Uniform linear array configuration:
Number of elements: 24
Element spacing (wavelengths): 0.75
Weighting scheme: hamming
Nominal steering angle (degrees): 60
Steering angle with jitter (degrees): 60.397
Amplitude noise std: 0.05
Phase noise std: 0.05

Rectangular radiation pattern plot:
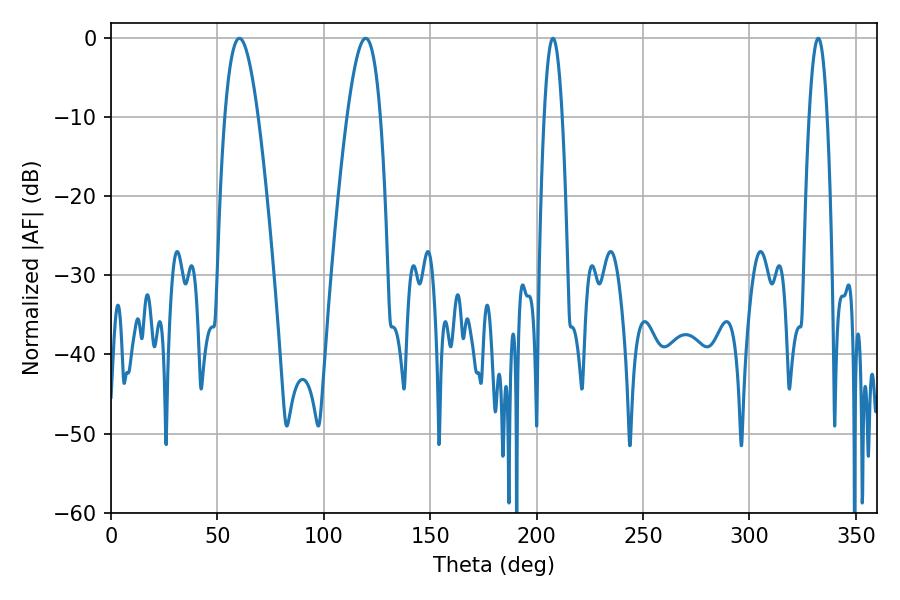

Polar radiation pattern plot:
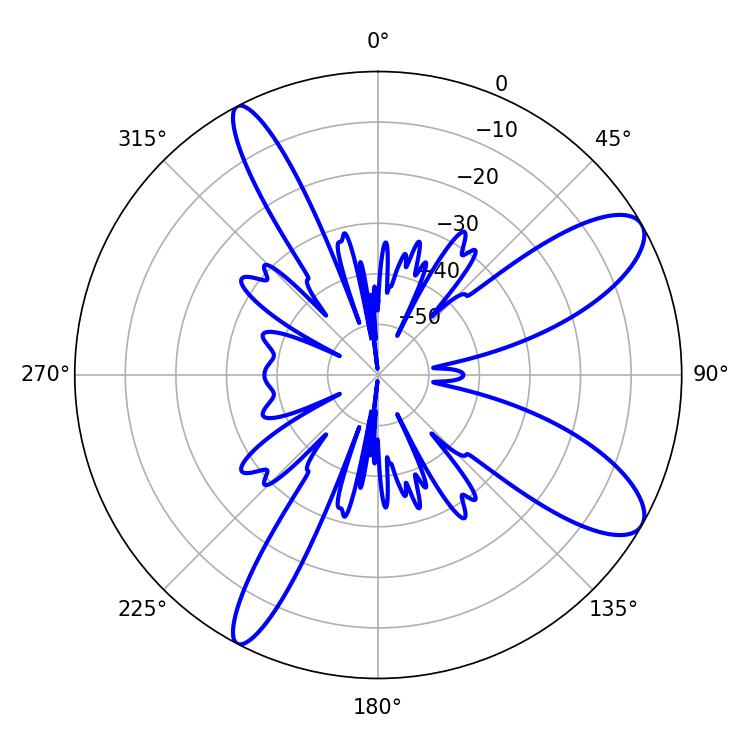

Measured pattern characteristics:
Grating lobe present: TRUE
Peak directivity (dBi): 10.031
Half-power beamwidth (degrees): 8.46
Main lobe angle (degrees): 60.3